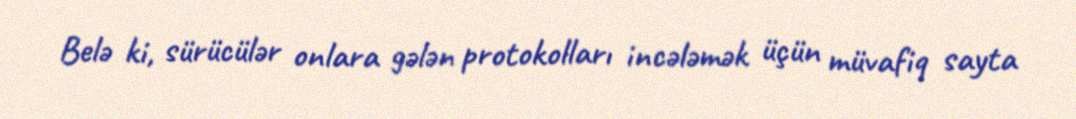
Belə ki, sürücülər onlara gələn protokolları incələmək üçün müvafiq sayta